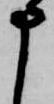
申